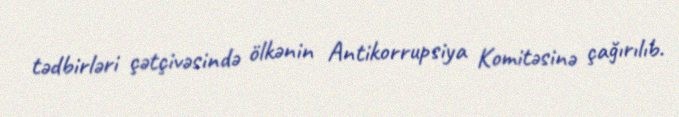
tədbirləri çətçivəsində ölkənin Antikorrupsiya Komitəsinə çağırılıb.